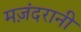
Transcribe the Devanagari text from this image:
मज़ंदरानी